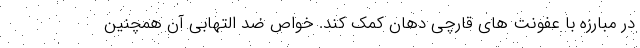
در مبارزه با عفونت های قارچی دهان کمک کند. خواص ضد التهابی آن همچنین